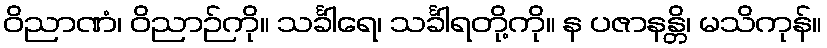
ဝိညာဏံ၊ ဝိညာဉ်ကို။ သင်္ခါရေ၊ သင်္ခါရတို့ကို။ န ပဇာနန္တိ၊ မသိကုန်။